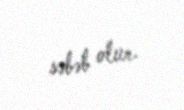
səbəb olur.